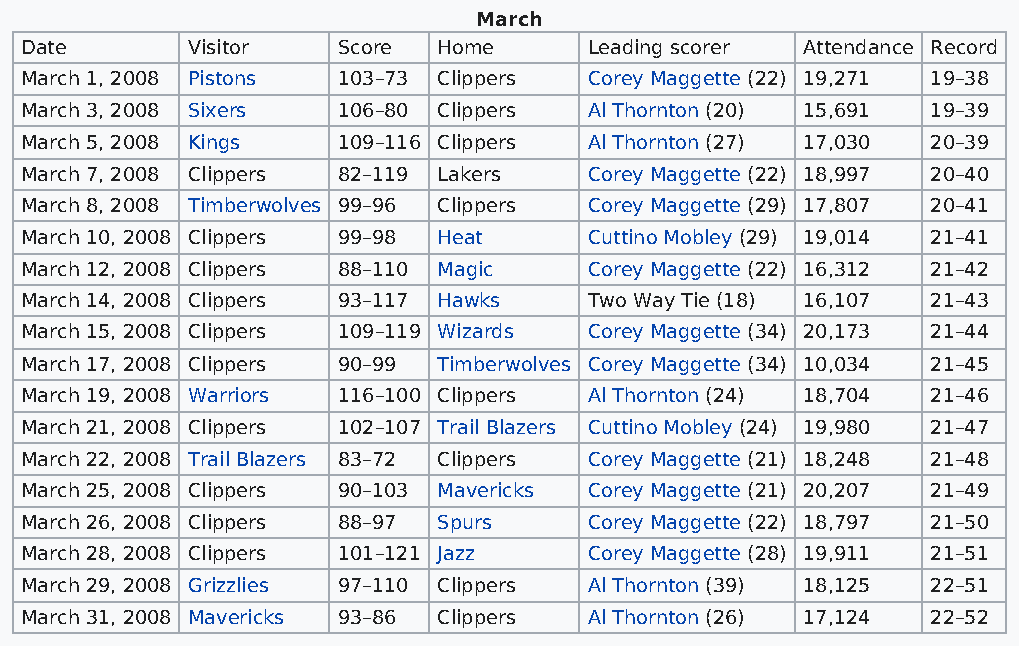
March
 Date       Visitor   Score  Home      Leading scorer Attendance Record
 March 1, 2008 Pistons 103–73 Clippers Corey Maggette (22) 19,271 19–38
 March 3, 2008 Sixers 106–80 Clippers  Al Thornton (20) 15,691 19–39
 March 5, 2008 Kings  109–116 Clippers Al Thornton (27) 17,030 20–39
 March 7, 2008 Clippers 82–119 Lakers  Corey Maggette (22) 18,997 20–40
 March 8, 2008 Timberwolves 99–96 Clippers Corey Maggette (29) 17,807 20–41
 March 10, 2008 Clippers 99–98 Heat    Cuttino Mobley (29) 19,014 21–41
 March 12, 2008 Clippers 88–110 Magic  Corey Maggette (22) 16,312 21–42
 March 14, 2008 Clippers 93–117 Hawks  Two Way Tie (18) 16,107 21–43
 March 15, 2008 Clippers 109–119 Wizards Corey Maggette (34) 20,173 21–44
 March 17, 2008 Clippers 90–99 Timberwolves Corey Maggette (34) 10,034 21–45
 March 19, 2008 Warriors 116–100 Clippers Al Thornton (24) 18,704 21–46
 March 21, 2008 Clippers 102–107 Trail Blazers Cuttino Mobley (24) 19,980 21–47
 March 22, 2008 Trail Blazers 83–72 Clippers Corey Maggette (21) 18,248 21–48
 March 25, 2008 Clippers 90–103 Mavericks Corey Maggette (21) 20,207 21–49
 March 26, 2008 Clippers 88–97 Spurs   Corey Maggette (22) 18,797 21–50
 March 28, 2008 Clippers 101–121 Jazz  Corey Maggette (28) 19,911 21–51
 March 29, 2008 Grizzlies 97–110 Clippers Al Thornton (39) 18,125 22–51
 March 31, 2008 Mavericks 93–86 Clippers Al Thornton (26) 17,124 22–52